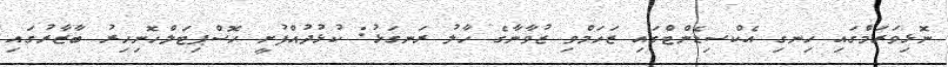
ނޮޅިވަރަމްގައި ހިނގި އެކްސިޑެންޓްގައި ޒަހަމްވި ޒުވާނާގެ ހާލު ރަނގަޅު: ކުޅުދުއްފުށީ ހޮސްޕިޓަލްހޮނިހިރު ބާޒާރުގައި